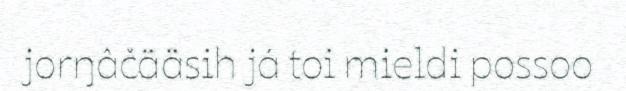
jorŋâčääsih já toi mieldi possoo